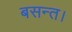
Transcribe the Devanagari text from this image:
बसन्त।